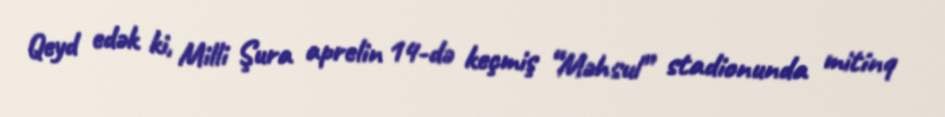
Qeyd edək ki, Milli Şura aprelin 14-də keçmiş “Məhsul” stadionunda mitinq